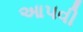
આ૫વી